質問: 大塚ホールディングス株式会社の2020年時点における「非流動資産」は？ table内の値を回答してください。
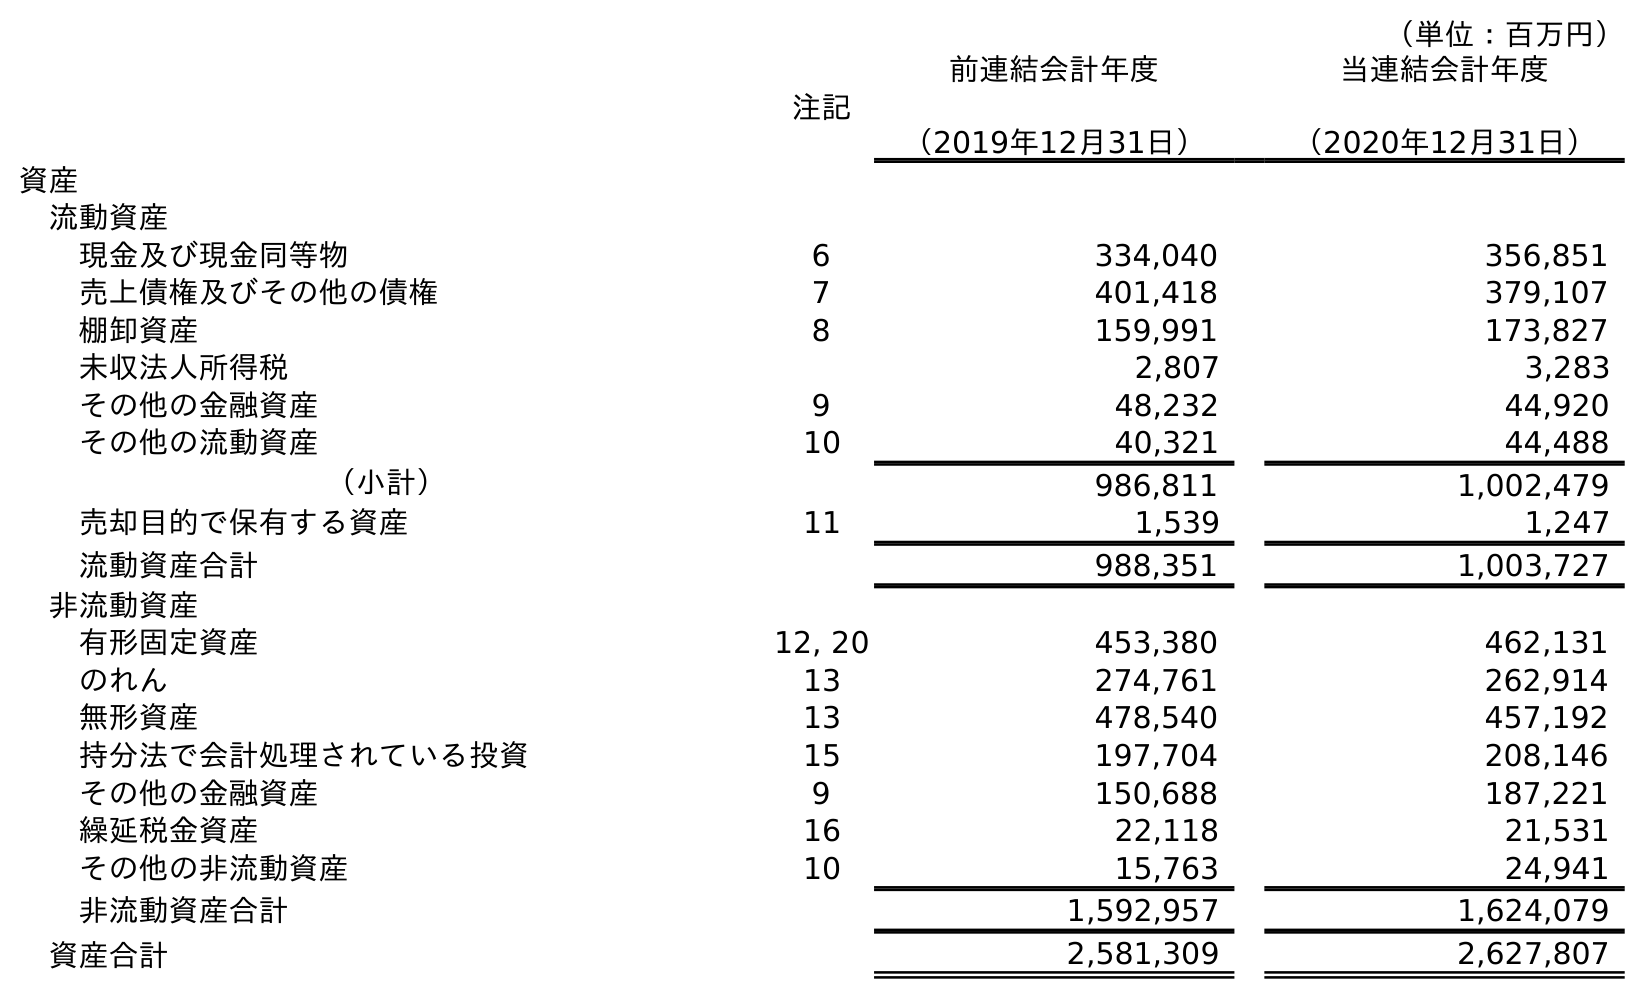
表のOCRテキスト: （単位：百万円） 注記 前連結会計年度 （2019年12月31日） 当連結会計年度 （2020年12月31日） 資産 流動資産 現金及び現金同等物 6 334,040 356,851 売上債権及びその他の債権 7 401,418 379,107 棚卸資産 8 159,991 173,827 未収法人所得税 2,807 3,283 その他の金融資産 9 48,232 44,920 その他の流動資産 10 40,321 44,488 （小計） 986,811 1,002,479 売却目的で保有する資産 11 1,539 1,247 流動資産合計 988,351 1,003,727 非流動資産 有形固定資産 12, 20 453,380 462,131 のれん 13 274,761 262,914 無形資産 13 478,540 457,192 持分法で会計処理されている投資 15 197,704 208,146 その他の金融資産 9 150,688 187,221 繰延税金資産 16 22,118 21,531 その他の非流動資産 10 15,763 24,941 非流動資産合計 1,592,957 1,624,079 資産合計 2,581,309 2,627,807
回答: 1,624,079